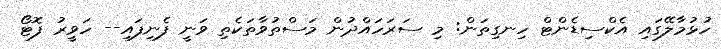
ހުޅުމާލޭގައި އެކްސިޑެންޓް ހިނގިތަން: މި ސަރަހައްދުން މަސްތުވާތަކެތި ވަނީ ފެނިފައި-- ހަވީރު ފޮޓޯ